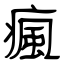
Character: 瘋